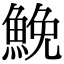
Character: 鮸